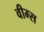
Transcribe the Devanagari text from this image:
वीम्स